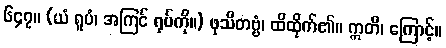
၆၄၇။ (ယံ ရူပံ၊ အကြင် ရုပ်ကို။) ဖုသိတဗ္ဗံ၊ ထိထိုက်၏။ ဣတိ၊ ကြောင့်။